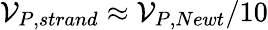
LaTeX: \mathcal{V}_{P,strand}\approx\mathcal{V}_{P,Newt}/10